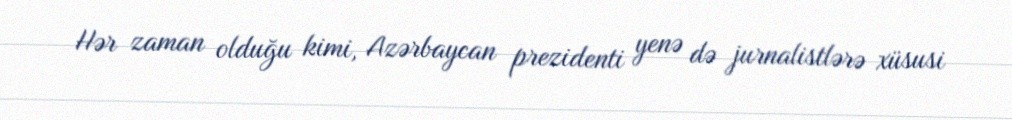
Hər zaman olduğu kimi, Azərbaycan prezidenti yenə də jurnalistlərə xüsusi